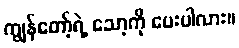
ကျွန်တော့်ရဲ့ သော့ကို ပေးပါလား။